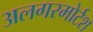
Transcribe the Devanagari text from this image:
अलगरमोर्टश